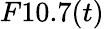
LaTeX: F10.7(t)